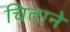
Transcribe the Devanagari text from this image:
चिताने